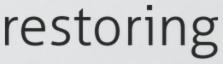
restoring